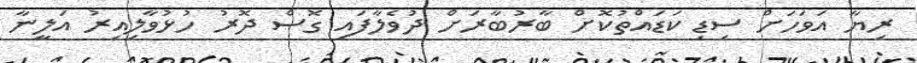
ރިޔާ އަވަހަށް ސިޑި ކަޑައްތުކޮށް ބާރުބާރަށް ދުވެލާފައި ގޮސް ދޮރު ހުޅުވާލިއިރު އަލީނާ